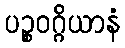
ပဉ္စဝဂ္ဂိယာနံ